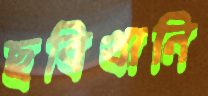
ছবিখানি